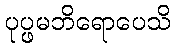
ပုပ္ဖမဘိရောပေသိ